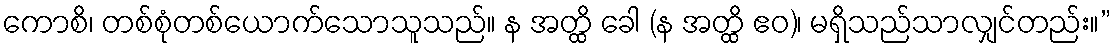
ကောစိ၊ တစ်စုံတစ်ယောက်သောသူသည်။ န အတ္ထိ ခေါ (န အတ္ထိ ဧဝ)၊ မရှိသည်သာလျှင်တည်း။”